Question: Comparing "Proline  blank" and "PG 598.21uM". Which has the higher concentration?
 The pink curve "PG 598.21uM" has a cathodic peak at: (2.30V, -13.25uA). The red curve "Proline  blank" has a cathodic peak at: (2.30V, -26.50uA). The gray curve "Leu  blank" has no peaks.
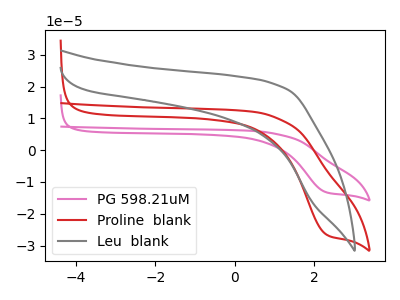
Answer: <think>All the peaks in "Proline  blank" have a peak in "PG 598.21uM" at the same potential. Every peak in "Proline  blank" is higher than every peak in "PG 598.21uM".
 </think>
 <answer>"Proline  blank" has more signal than "PG 598.21uM" and so likely has a higher concentration.</answer>
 <eval>more_concentration</eval>